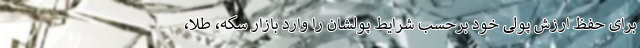
برای حفظ ارزش پولی خود برحسب شرایط پولشان را وارد بازار سکه، طلا،